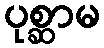
ပုစ္ဆာမ